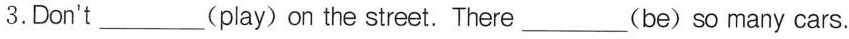
3.Don't _________(play) on the street.There_(be)so many cars.